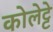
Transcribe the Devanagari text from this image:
कोलेट्टे